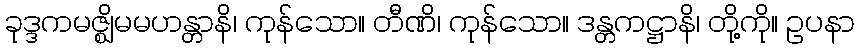
ခုဒ္ဒကမဇ္ဈိမမဟန္တာနိ၊ ကုန်သော။ တီဏိ၊ ကုန်သော။ ဒန္တကဋ္ဌာနိ၊ တို့ကို။ ဥပနာ